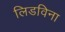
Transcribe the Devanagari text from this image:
लिडविना